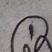
Signature authenticity: genuine